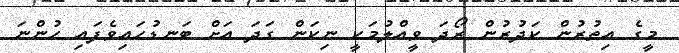
މީގެ އިތުރުން ކަދުރުން ރޯދަ ވީއްލުމަކީ ނިކަން ގަދަ އަށް ބަނޑުހައިވެފައި ހުންނަ